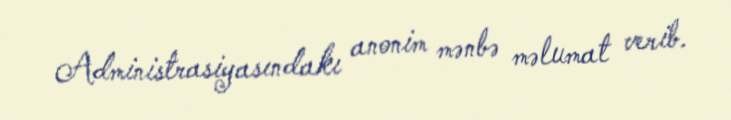
Administrasiyasındakı anonim mənbə məlumat verib.